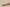
Text: -